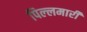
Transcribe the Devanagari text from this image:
पिल्‍लमार्री